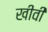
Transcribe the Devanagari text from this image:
खीवीं